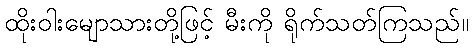
ထိုးဝါးမျောသားတို့ဖြင့် မီးကို ရိုက်သတ်ကြသည်။